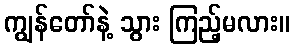
ကျွန်တော်နဲ့ သွား ကြည့်မလား။